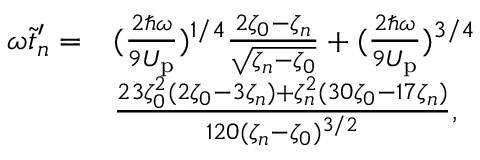
\begin{array} { r l } { \omega \tilde { t } _ { n } ^ { \prime } = } & { ( \frac { 2 \hbar \omega } { 9 U _ { \mathrm { p } } } ) ^ { 1 / 4 } \frac { 2 \zeta _ { 0 } - \zeta _ { n } } { \sqrt { \zeta _ { n } - \zeta _ { 0 } } } + ( \frac { 2 \hbar \omega } { 9 U _ { \mathrm { p } } } ) ^ { 3 / 4 } } \\ & { \frac { 2 3 \zeta _ { 0 } ^ { 2 } ( 2 \zeta _ { 0 } - 3 \zeta _ { n } ) + \zeta _ { n } ^ { 2 } ( 3 0 \zeta _ { 0 } - 1 7 \zeta _ { n } ) } { 1 2 0 ( \zeta _ { n } - \zeta _ { 0 } ) ^ { 3 / 2 } } , } \end{array}